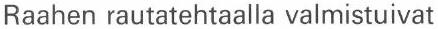
Raahen rautatehtaalla valmistuivat